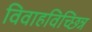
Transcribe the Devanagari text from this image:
विवाहविच्छिन्न